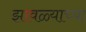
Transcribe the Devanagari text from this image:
झावळ्याच्या